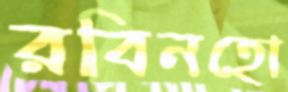
রবিনহো